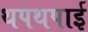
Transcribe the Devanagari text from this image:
थपथपाई